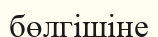
бөлгішіне